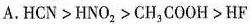
A.HCN>HNO_{2}>CH_{3}COOH>HF